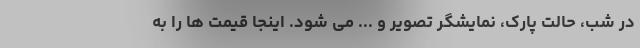
در شب، حالت پارک، نمایشگر تصویر و ... می شود. اینجا قیمت ها را به